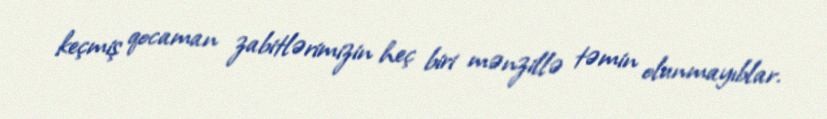
keçmiş qocaman zabitlərimizin heç biri mənzillə təmin olunmayıblar.